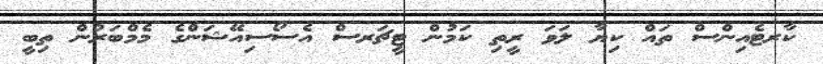
ކާރޓެއިންސް ތައް ކިޔާ ލަވަ ރީތި ކަމުން ޓީޗަރސް އެސޯސިއޭޝަންގެ މެމްބަރުން ތިބީ